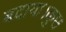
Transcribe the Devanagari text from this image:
बदाया।कुछ